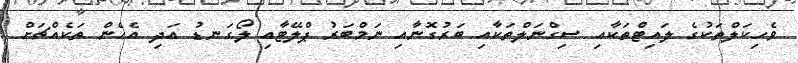
ވެހިކަލްތަކުގެ ލައިޓްތަކާއި ސިގްނަލްތަކާއި ބަރުގޮނާއި ނަމްބަރު ޕްލޭޓާއި ލޯގަނޑު އަދި އެހެން ތަކެއްޗަށް